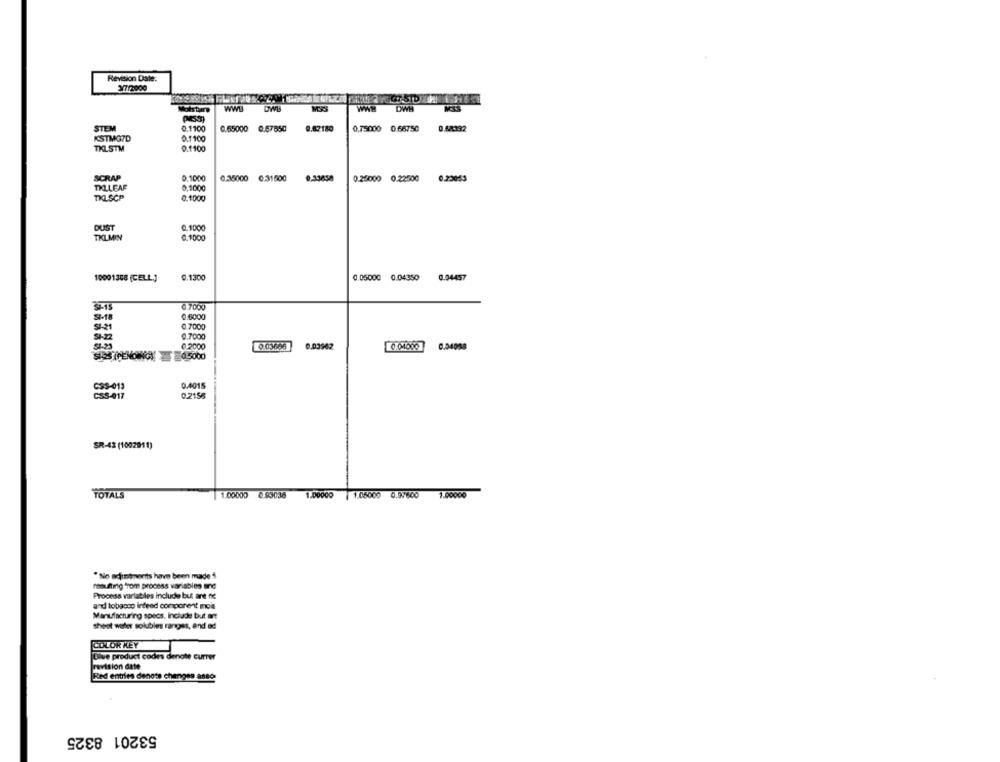
Revision Date:
¥7/2000
WWH
DWH
MES
Moisture
WWB
OWB
STEM
0.1100
0.65000 0:57650
9.82180
0.75000 0.66750
0.58392
KSTMGTD
0.1100
TKLSTM
0.1100
SCRAP
0.1000
0.35000 0:31500
0.33858
0.25000 0.22500
0.23053
TKLLEAF
0,1000
TKLSCP
0,1000
DUST
0.1000
TKLMIN
0,1000
10001308 (CELL.)
0.1300
0.05000 0.04350
0.04457
@ 7000
0.6000
0.7000
0.7000
51-23
0.2000
0.03685
0.03962
0.4015
0.2158
SR-43 (1002011)
TOTALS
1.00000 0.83036
1.00000 1.05000 0.97600 1.00000
" No adjustments have been made
resulting from process variables and
Process variabiles Include but are fx
and tobacco indeed component mos
Manufacturing specs, Include but art
sheet water solubles ranges, and ad
COLOR KEY
Dive product codes denote currer
revision date
Red entries denote changes asse
53201 8325